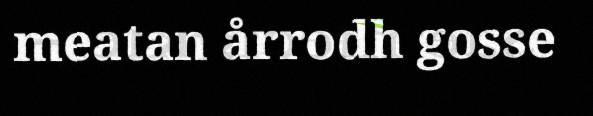
meatan årrodh gosse